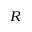
R